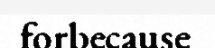
forbecause